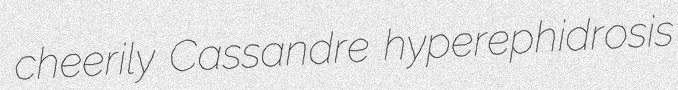
cheerily Cassandre hyperephidrosis